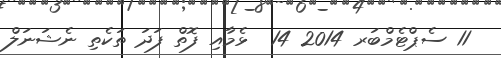
11 ސެޕްޓެމްބަރ 2014 14  ޅެމާއި ފޮތް ފަދަ ތަކެތި ނެޝަނަލް